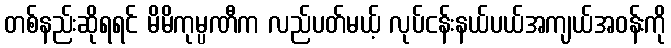
တစ်နည်းဆိုရရင် မိမိကုမ္ပဏီက လည်ပတ်မယ့် လုပ်ငန်းနယ်ပယ်အကျယ်အဝန်းကို